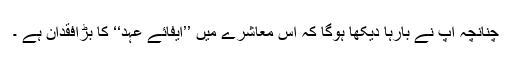
چنانچہ آپ نے بارہا دیکھا ہوگا کہ اس معاشرے میں ’’ایفائے عہد‘‘ کا بڑافقدان ہے ۔